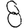
Digit: 8